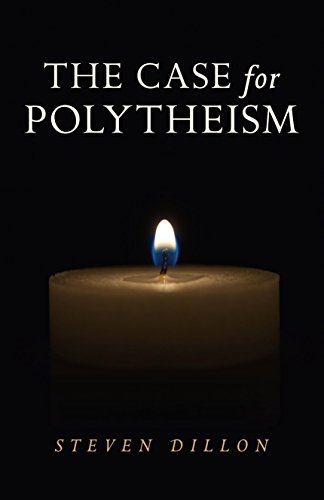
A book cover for The Case for Polytheism; Steven Dillon; Religion & Spirituality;